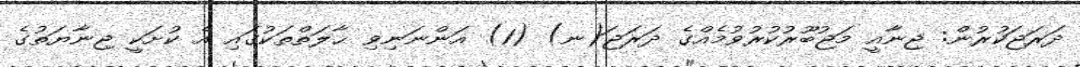
ދަރަޖަކުރުން: ޖިނާއީ މަޖުބޫރުކުރުވުމެއްގެ ދަރަޖަ(ނ) (1) އަންނަނިވި ޙާލަތްތަކުގައި އެ ކުށަކީ ޖިނާޔަތުގެ